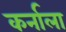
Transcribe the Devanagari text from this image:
कर्नाला